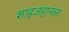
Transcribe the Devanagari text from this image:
शाहजहानला